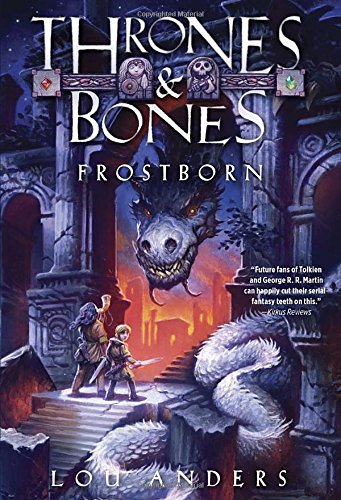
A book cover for Frostborn (Thrones and Bones); Lou Anders; Children's Books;